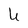
Character: U